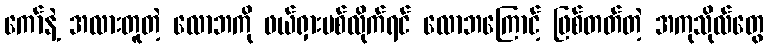
ကော်နဲ့ အလားတူတဲ့ လောဘကို ဖယ်ရှားပစ်လိုက်ရင် လောဘကြောင့် ဖြစ်တတ်တဲ့ အကုသိုလ်တွေ